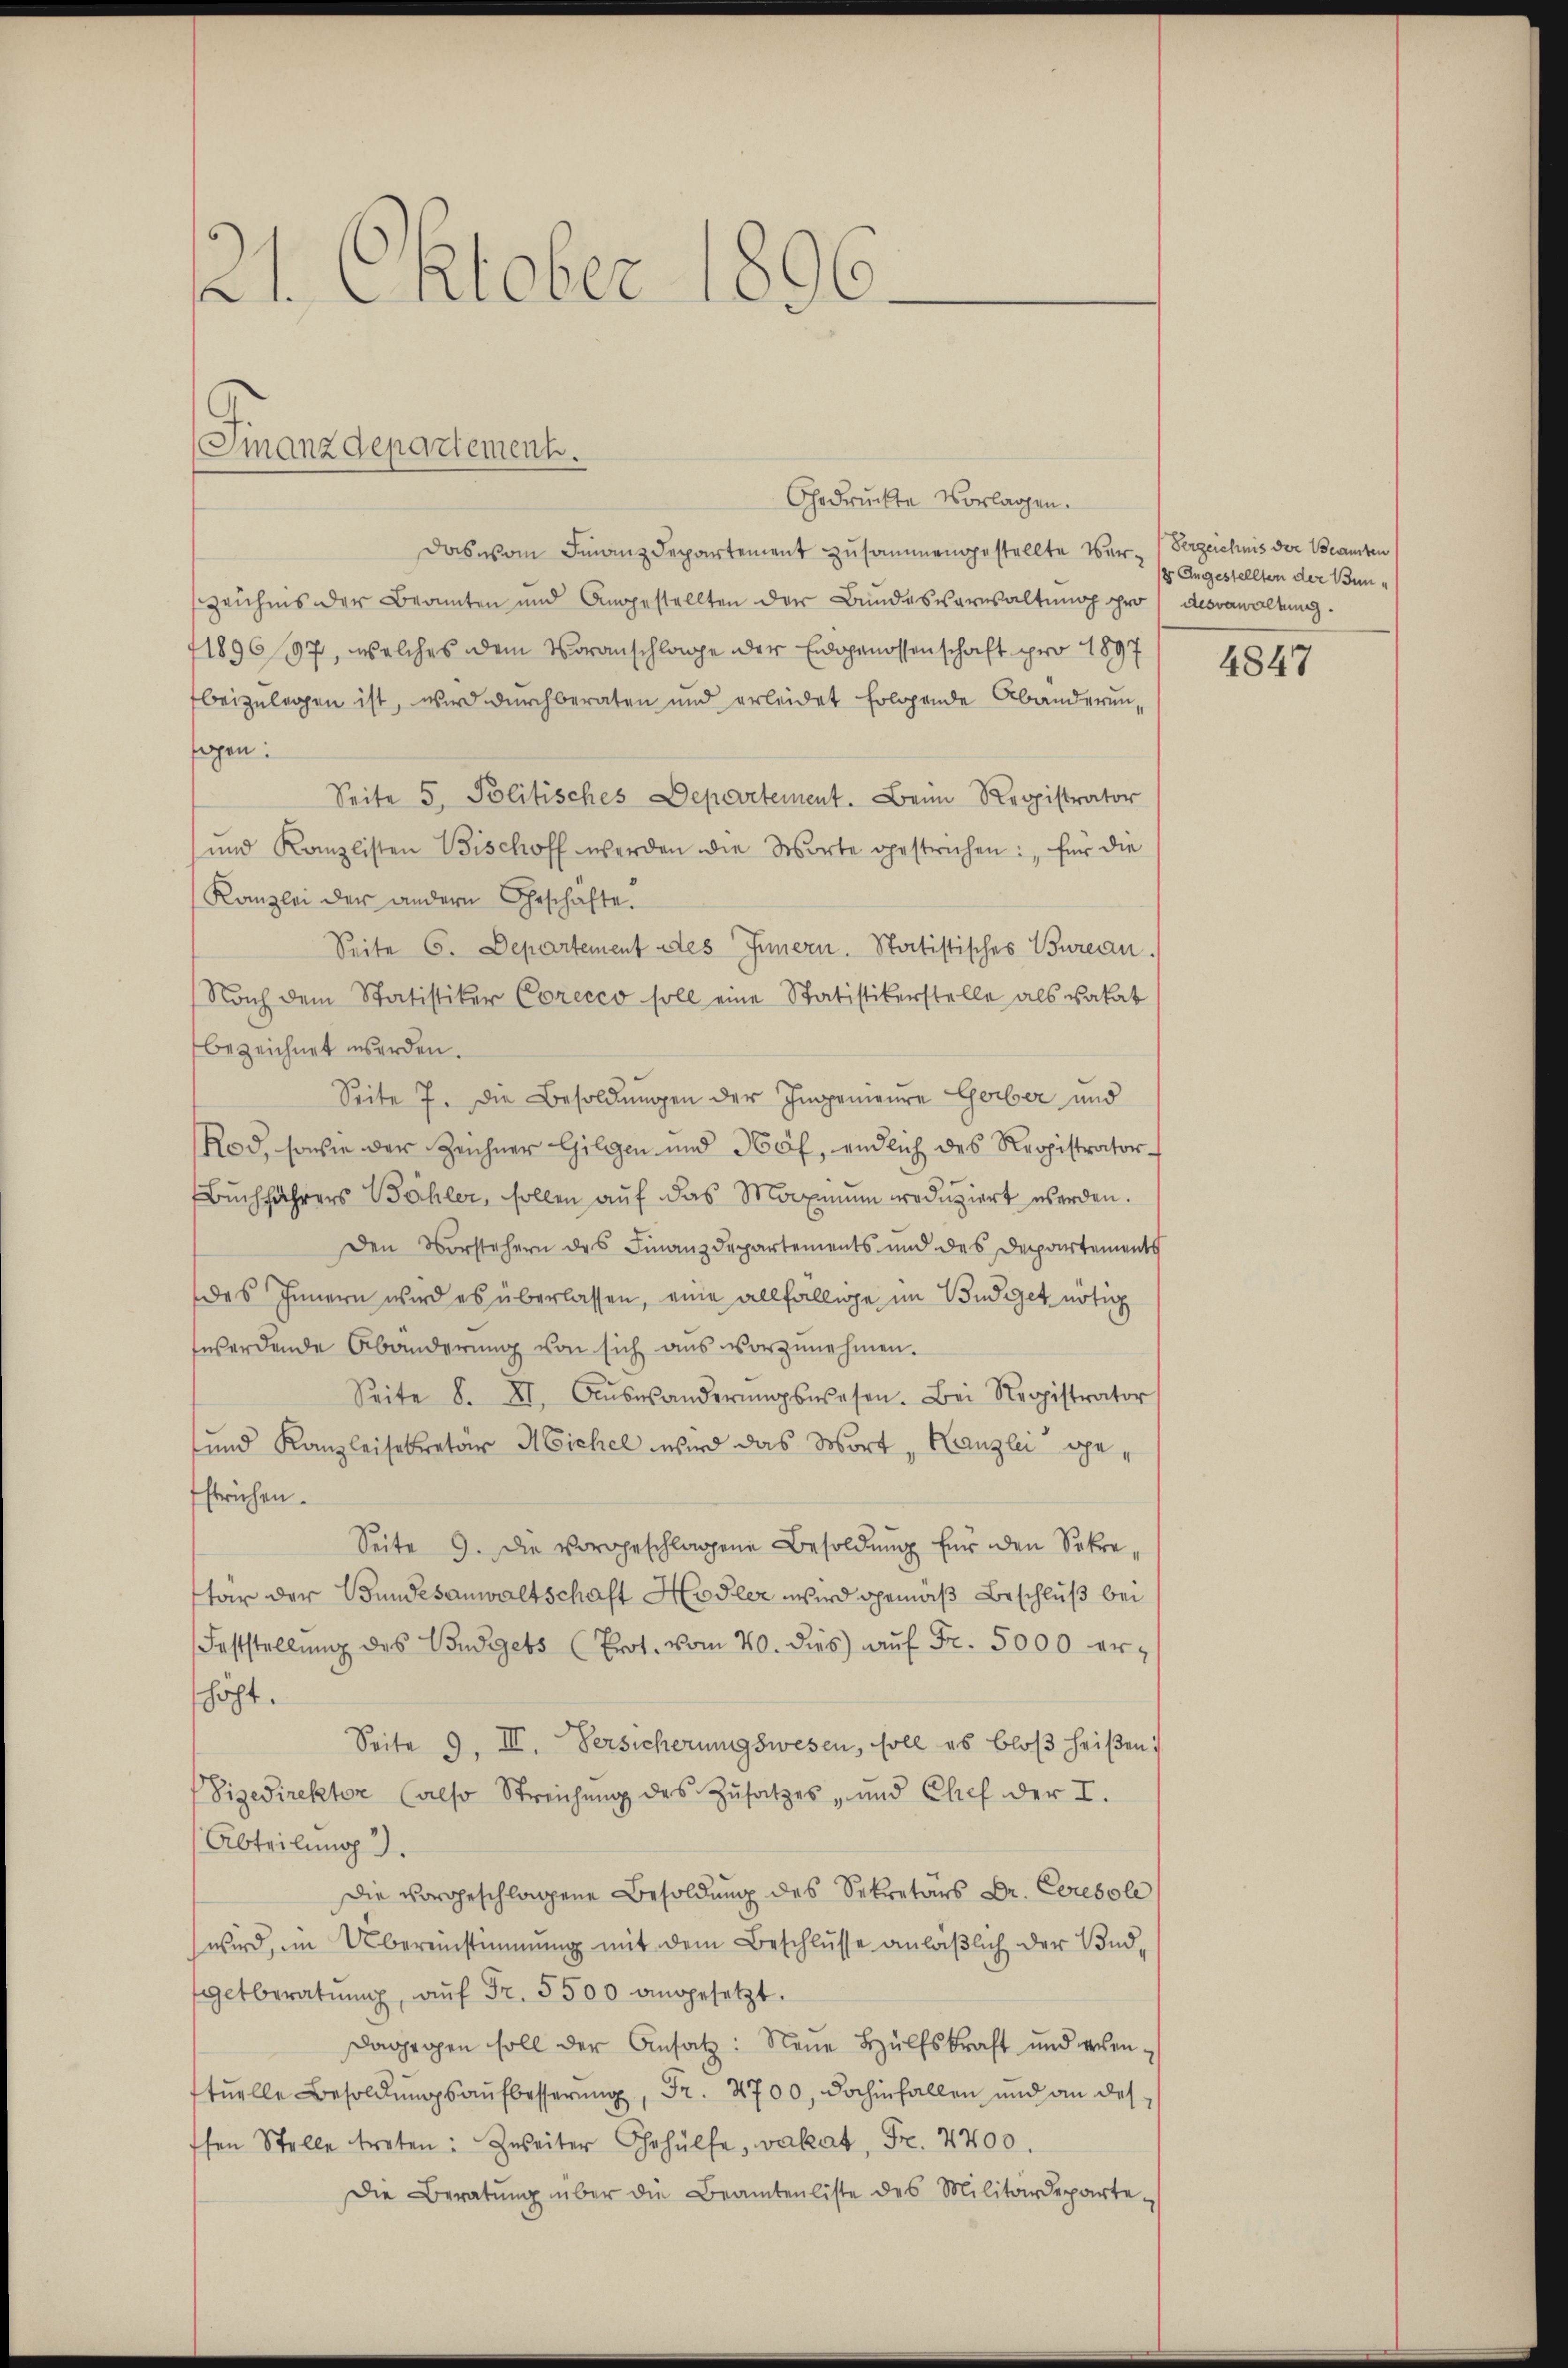
21. Oktober 1896

(Finanzdepartement.

Gedruckte Vorlagen.
Das vom Finanzdepartement zusammengestellte Ver-Verzeichnis der Beamten
Zeichnis der Beamten und Angestellten der Bundesverwaltung pro desvawaltung.
71896/97, welches dem Voranschlage der Eidgenossenschaft pro 1897
beizulegen ist, wird durchberaten und erleidet folgende Abänderunsagen:
Seite 5. Politisches Depevrtement. Beim Registrator
und Kanzlisten Bischoff werden die Worte gestrichen: „für die
Kanzlei der andern Eheschäfte.
Seite 6. Departement des Innern. Statistisches Bureau.
Nach dem Statistiker Corecco soll eine Statistikerstelle als vakat
bezeichnet werden.
Seite 7. Die Besoldungen der Ingenieure Gerber und
Rod, sowie der Zeichner Gilgen und Hof, endlich des Registrator-
Buchführers Bähler, sollen auf das Maximum reduziert werden.
Den Vorstehern des Finanzdepartements und des Departements
des Innern wird es überlassen, eine allfällige im Budiget nötig
werdende Abänderung von sich aus vorzunehmen.
Seite S. XI. Aŭswänderŭngswesen. Bei Registrator
und Kanzleisekretär Michel wird das Wort, Kanzlei gestrichen.
Seite 9. Die vorgeschlagene Besoldung für den Sekretar der Bundesanwaltschaft Hodler wird gemäß Beschluß bei
Feststellŭng des Budgets (Prot. vom 20. dies aŭf Fr. 5000 erhöht.
Seite 9. III. Versicherungswesen, soll es bloß heißen i
Vizedirektor (also Streichŭng des Zŭsatzes, und Chef der I.
Abteilung).
Die vorgeschlossene Besoldung des Sekretärs Dr. Ceresol
wird, im Übereinstimmung mit dem Beschlusse anläßlich der Vndgetberatŭng, aŭf Fr. 5500 angesetzt.
dagegen soll der Ansatz: Neŭe Hülfskraft und erren-
tuelle Besoldŭngsaufbesserung, Fr. 4700, dahinfallen und an des
hen Stelle treten: Zweiter Gehülfe, vakat, Fr. 2400.
Die Beratŭng über die Beamtenliste des Militärdeparte-

8 Angestellten der Bun¬

4847